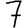
Digit: 7